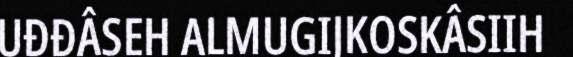
UĐĐÂSEH ALMUGIJKOSKÂSIIH